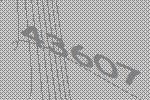
43607